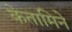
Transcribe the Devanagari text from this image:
केतामिने